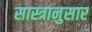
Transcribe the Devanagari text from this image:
सास्त्रानुसार